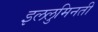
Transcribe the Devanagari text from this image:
इललुमिनती